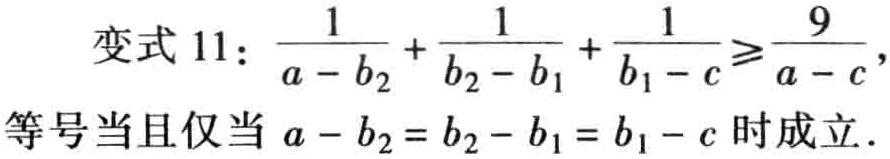
变式 11：\(\frac{1}{a - b_{2}}+\frac{1}{b_{2}-b_{1}}+\frac{1}{b_{1}-c}\geq\frac{9}{a - c}\)，等号当且仅当\(a - b_{2}=b_{2}-b_{1}=b_{1}-c\)时成立.